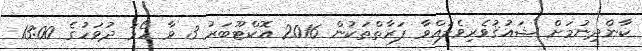
ކާންދިނުމަށް ޝައުޤުވެރިވެލައްވާ ފަރާތްތަކުން 2016 އޮކްޓޫބަރު 3 ވާ ހޯމަ ދުވަހުގެ 13:00